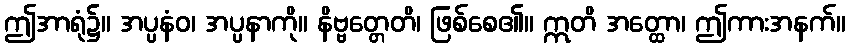
ဤအာရုံ၌။ အပ္ပနံဝ၊ အပ္ပနာကို။ နိဗ္ဗတ္တေတိ၊ ဖြစ်စေ၏။ ဣတိ အတ္ထော၊ ဤကားအနက်။